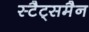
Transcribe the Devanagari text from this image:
स्टैट्समैन